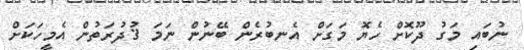
ނުބައި މަގު ދޫކޮށް ހެޔޮ މަގަށް އެނބުރެން ބޭނުން ނަމަ ޤުދުރަތުން އެމީހަކަށް